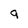
Character: 9